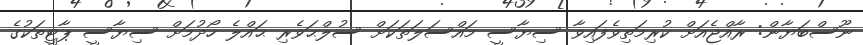
ނޫސްބަޔާން: ރާއްޖެއަށް ކުރިމަތިވެފައިވާ ސިޔާސީ މައްސަލަތަކަށް ސުލްޙަވެރި ޙައްލެ ހޯދުމަށް ސިޔާސީ ޕާޓީތަކުގެ